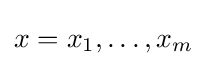
x=x_{1},\dots ,x_{m}